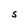
Character: S